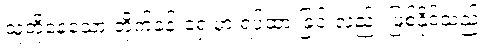
သူတို့နေသော တိုက်ခန်းရှေ့မှာ ရပ်ထားခြင်းလည်း ဖြစ်နိုင်သည်။